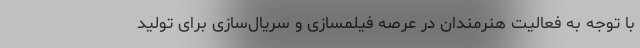
با توجه به فعالیت هنرمندان در عرصه فیلمسازی و سریال‌سازی برای تولید